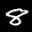
Label: 8